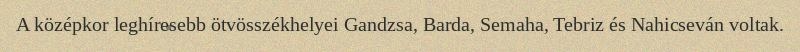
A középkor leghíresebb ötvösszékhelyei Gandzsa, Barda, Semaha, Tebriz és Nahicseván voltak.